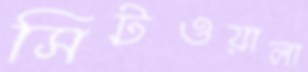
সিটওয়ালা